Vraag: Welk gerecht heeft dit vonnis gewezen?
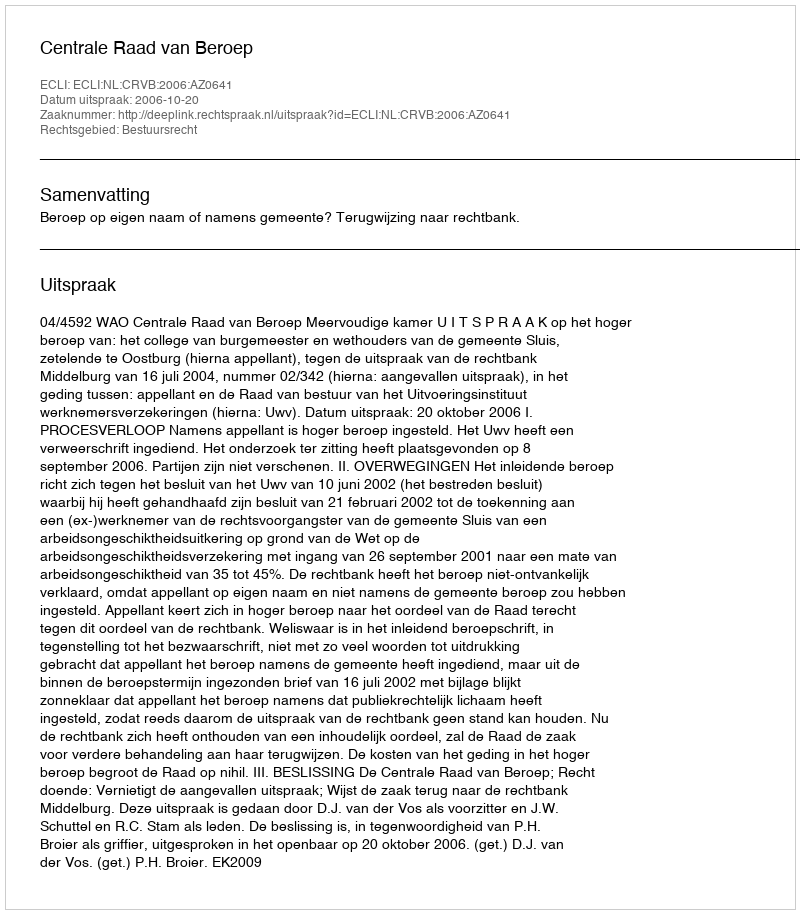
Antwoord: Centrale Raad van Beroep